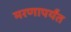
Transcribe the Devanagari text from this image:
मरणापर्यंत